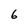
Character: 6